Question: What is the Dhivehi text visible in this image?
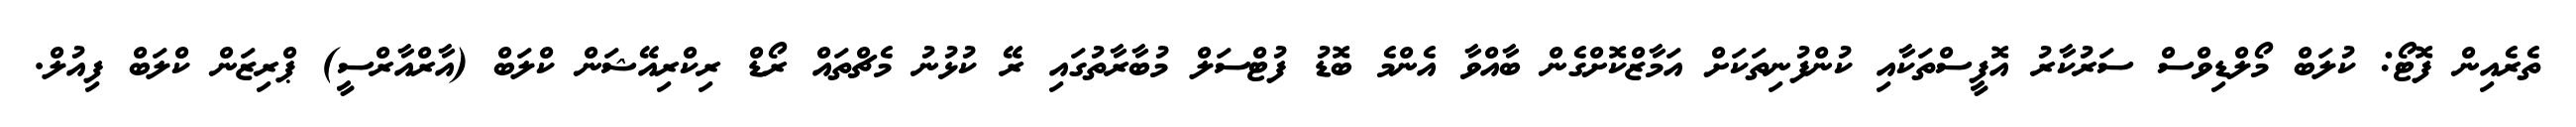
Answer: ތެރެއިން ފޮޓޯ: ކުލަބް މޯލްޑިވްސް ސަރުކާރު އޮފީސްތަކާއި ކުންފުނިތަކަށް އަމާޒްކޮށްގެން ބާއްވާ އެންމެ ބޮޑު ފުޓްސަލް މުބާރާތުގައި ރޭ ކުޅުނު މެޗްތައް ރޯޑް ރިކްރިއޭޝަން ކްލަބް (އާރްއާރްސީ) ޕްރިޒަން ކްލަބް ފިއުލް.